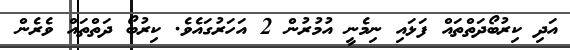
އަދި ކިރުބޯދަތްތައް ފަޅައި ނިމެނީ އުމުރުން 2 އަހަރުގައެވެ. ކިރުބޯ ދަތްތައް ވެރެން